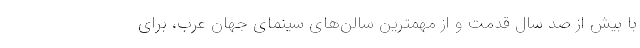
با بیش از صد سال قدمت و از مهمترین سالن‌هاى سینمای جهان عرب، برای